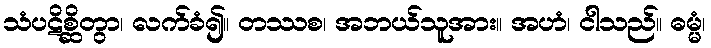
သံပဋိစ္ဆိတွာ၊ လက်ခံ၍။ တဿစ၊ အဘယ်သူအား။ အဟံ၊ ငါသည်။ ဓမ္မံ၊